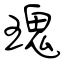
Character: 瑰